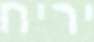
יריח